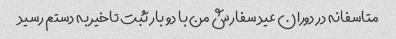
متاسفانه در دوران عید سفارش من با دو بار ثبت تاخیر به دستم رسید